Annual report on the working of the lock hospitals in the Central Provinces
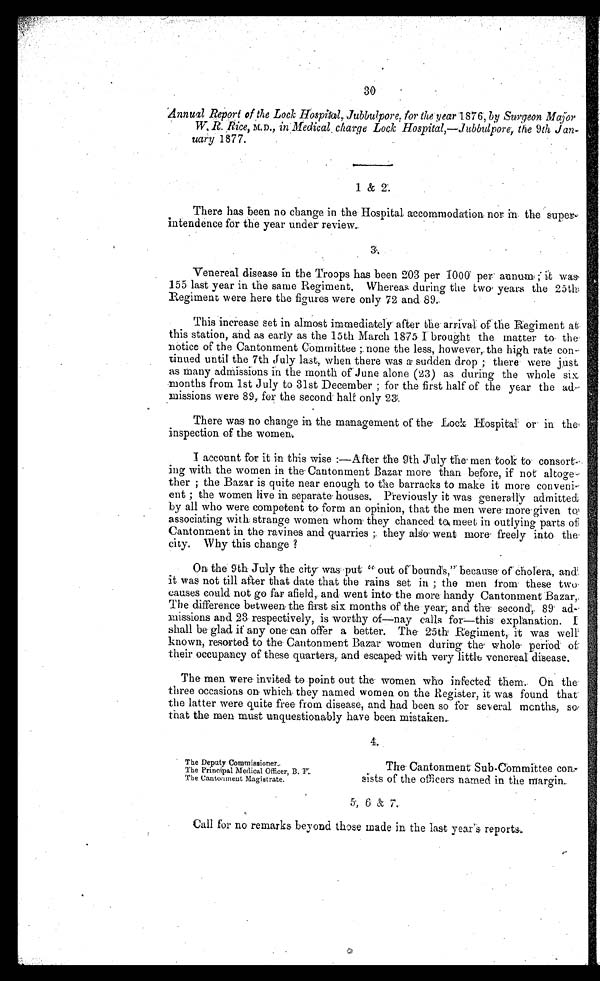
30
Annual Report of the Lock Hosptal, Jubbulpore, for the year 1 8 7 6 ,
b y S u r g e o n M a j o r
W. R. Rice,M . D
. ,
i n M e d i c a l
. c h a r g e L o c k H o s p i t a l , — J u b b u l p o r e ,t
h e
9 th
Jan-
uary 1877.
1 & 2.
There has been no change in the Hospital, accommodation nor in the super-
intendence for the year under review.
3.
Venereal disease in the Troops has been 203 per 1000 per annum ; it was
155 last year in the same Regiment. Whereas during the two years the 25th
Regiment were here the figures were only 72 and 89.
This increase set in almost immediately after the arrival of the Regiment at
this station, and as early as the 15th March 1875 I brought the matter to the
notice of the Cantonment Committee ; none the less, however, the high rate con-
tinued until the 7th July last, when there was a sudden drop ; there were just
as many admissions in the month of June alone (23) as during the whole six
months from 1st July to 31st December ; for the first half of the year the ad-
missions were 89, for the second' half only 23.
There was no change in the management of the Lock Hospital or in the
inspection of the women.
I account for it in this wise :—After the 9th July the . men took to consort-
ing with the women in the Cantonment Bazar more than before, if not altoge-
ther ; the Bazar is quite near enough to the barracks to make it more conveni-
ent ; the women live in separate houses. Previously it was generally admitted
by all who were competent to form an opinion, that the men were more given to
associating with strange women whom they chanced to meet in outlying parts of
Cantonment in the ravines and quarries ; they also went more freely into the
city. Why this change ?
On the 9th July the city was put " out of bounds," because of cholera, and
it was not till after that date that the rains set in ; the men from these two
causes could not go far afield, and went into the more handy Cantonment Bazar,
The difference between the first six months of the year, and the second, 89 ad
- m i s s i o n s a n d 2 3 r e s p e c t i v e l y , i s w o r t h y o f — n a y c a l l s f o r — t h i s e x p l a n a t i o n . I
shall be glad if any one can offer a better. The 25th Regiment, it was well
known, resorted to the Cantonment Bazar women during the whole period of
their occupancy of these quarters, and escaped with very little venereal disease.
The men were invited to point out the women who infected them. On the
three occasions on which they named women on the Register, it was found that
the latter were quite free from disease, and had been so for several, months, so
that the men must unquestionably have been mistaken.
4.
The Deputy Commissioner.
The Principal Medical Officer, B. F.
The Cantonment Magistrate.
The Cantonment Sub-Committee con-
s ists of the officers named in the margin.
5, 6 & 7.
Call for no remarks beyond those made in the last year's reports.